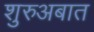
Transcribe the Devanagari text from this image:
शुरुअबात